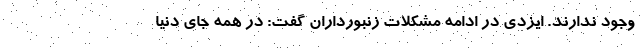
وجود ندارند. ایزدی در ادامه مشکلات زنبورداران گفت: در همه جای دنیا